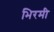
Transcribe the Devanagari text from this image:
भिरमी